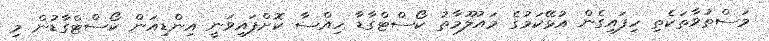
މަސްތުވާތަކެތި ހިފައިގެން އުޅޭކަމުގެ މައުލޫމާތު ކޯސްޓްގާޑާ ހިއްސާ ކޮށްފައިވަނީ އިންޑިއަން ކޯސްޓްގާޑުން މި